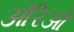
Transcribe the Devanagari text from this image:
ऑरेओ